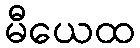
မီယေထ